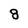
Character: 8